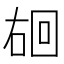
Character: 𪡐